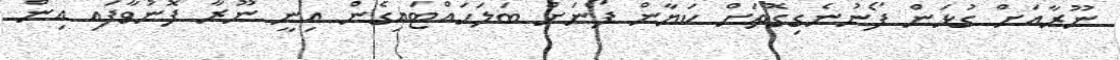
ނޫރާއަށް ގުޅަން ފޯނުނެގިގޮތަށް ކަޔާން ފޯނަށް ބަލަހައްޓައިގެން އިނީ ނޫރާ ފޮނުވާފައި އިިން